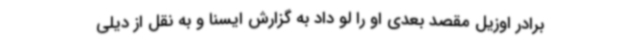
برادر اوزیل مقصد بعدی او را لو داد به گزارش ایسنا و به نقل از دیلی